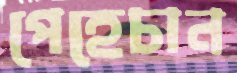
পেহেচান